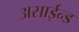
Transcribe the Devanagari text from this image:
असाईन्ड